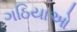
ગઠિયાઓ